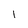
Character: l